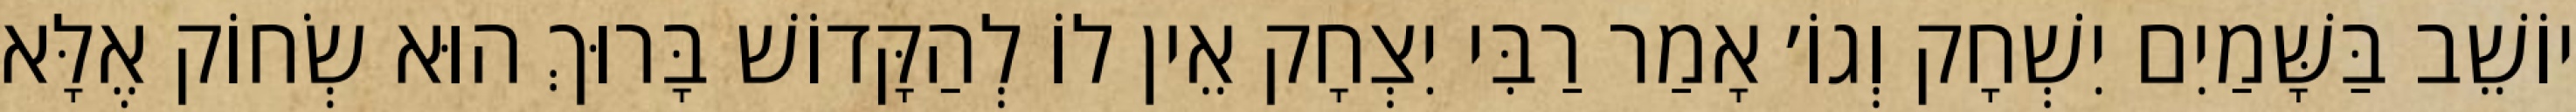
יוֹשֵׁב בַּשָּׁמַיִם יִשְׁחָק וְגוֹ׳ אָמַר רַבִּי יִצְחָק אֵין לוֹ לְהַקָּדוֹשׁ בָּרוּךְ הוּא שְׂחוֹק אֶלָּא